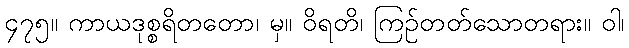
၄၇၅။ ကာယဒုစ္စရိတတော၊ မှ။ ဝိရတိ၊ ကြဉ်တတ်သောတရား။ ဝါ၊